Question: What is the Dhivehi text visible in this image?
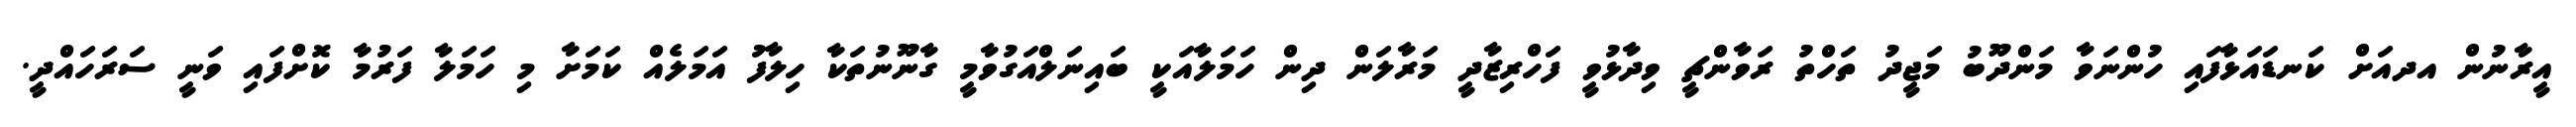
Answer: އީރާނުން އދއަށް ކަނޑައަޅާފައި ހުންނަވާ މަންދޫބު މަޖީދު ތަހްތު ރަވާންޗީ ވިދާޅުވީ ފަހްރިޒާދީ މަރާލަން ދިން ހަމަލާއަކީ ބައިނަލްއަގުވާމީ ގާނޫނުތަކާ ހިލާފު އަމަލެއް ކަމަށާ މި ހަމަލާ ފަރުމާ ކޮށްފައި ވަނީ ސަރަހައްދީ.